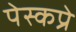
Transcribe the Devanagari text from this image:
पेस्कप्रे